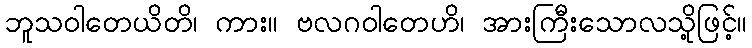
ဘူသဝါတေယိတိ၊ ကား။ ဗလဂဝါတေဟိ၊ အားကြီးသောလသို့ဖြင့်။